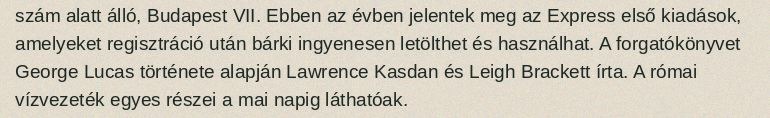
szám alatt álló, Budapest VII. Ebben az évben jelentek meg az Express első kiadások, amelyeket regisztráció után bárki ingyenesen letölthet és használhat. A forgatókönyvet George Lucas története alapján Lawrence Kasdan és Leigh Brackett írta. A római vízvezeték egyes részei a mai napig láthatóak.